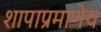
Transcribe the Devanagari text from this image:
शापाप्रमाणेच